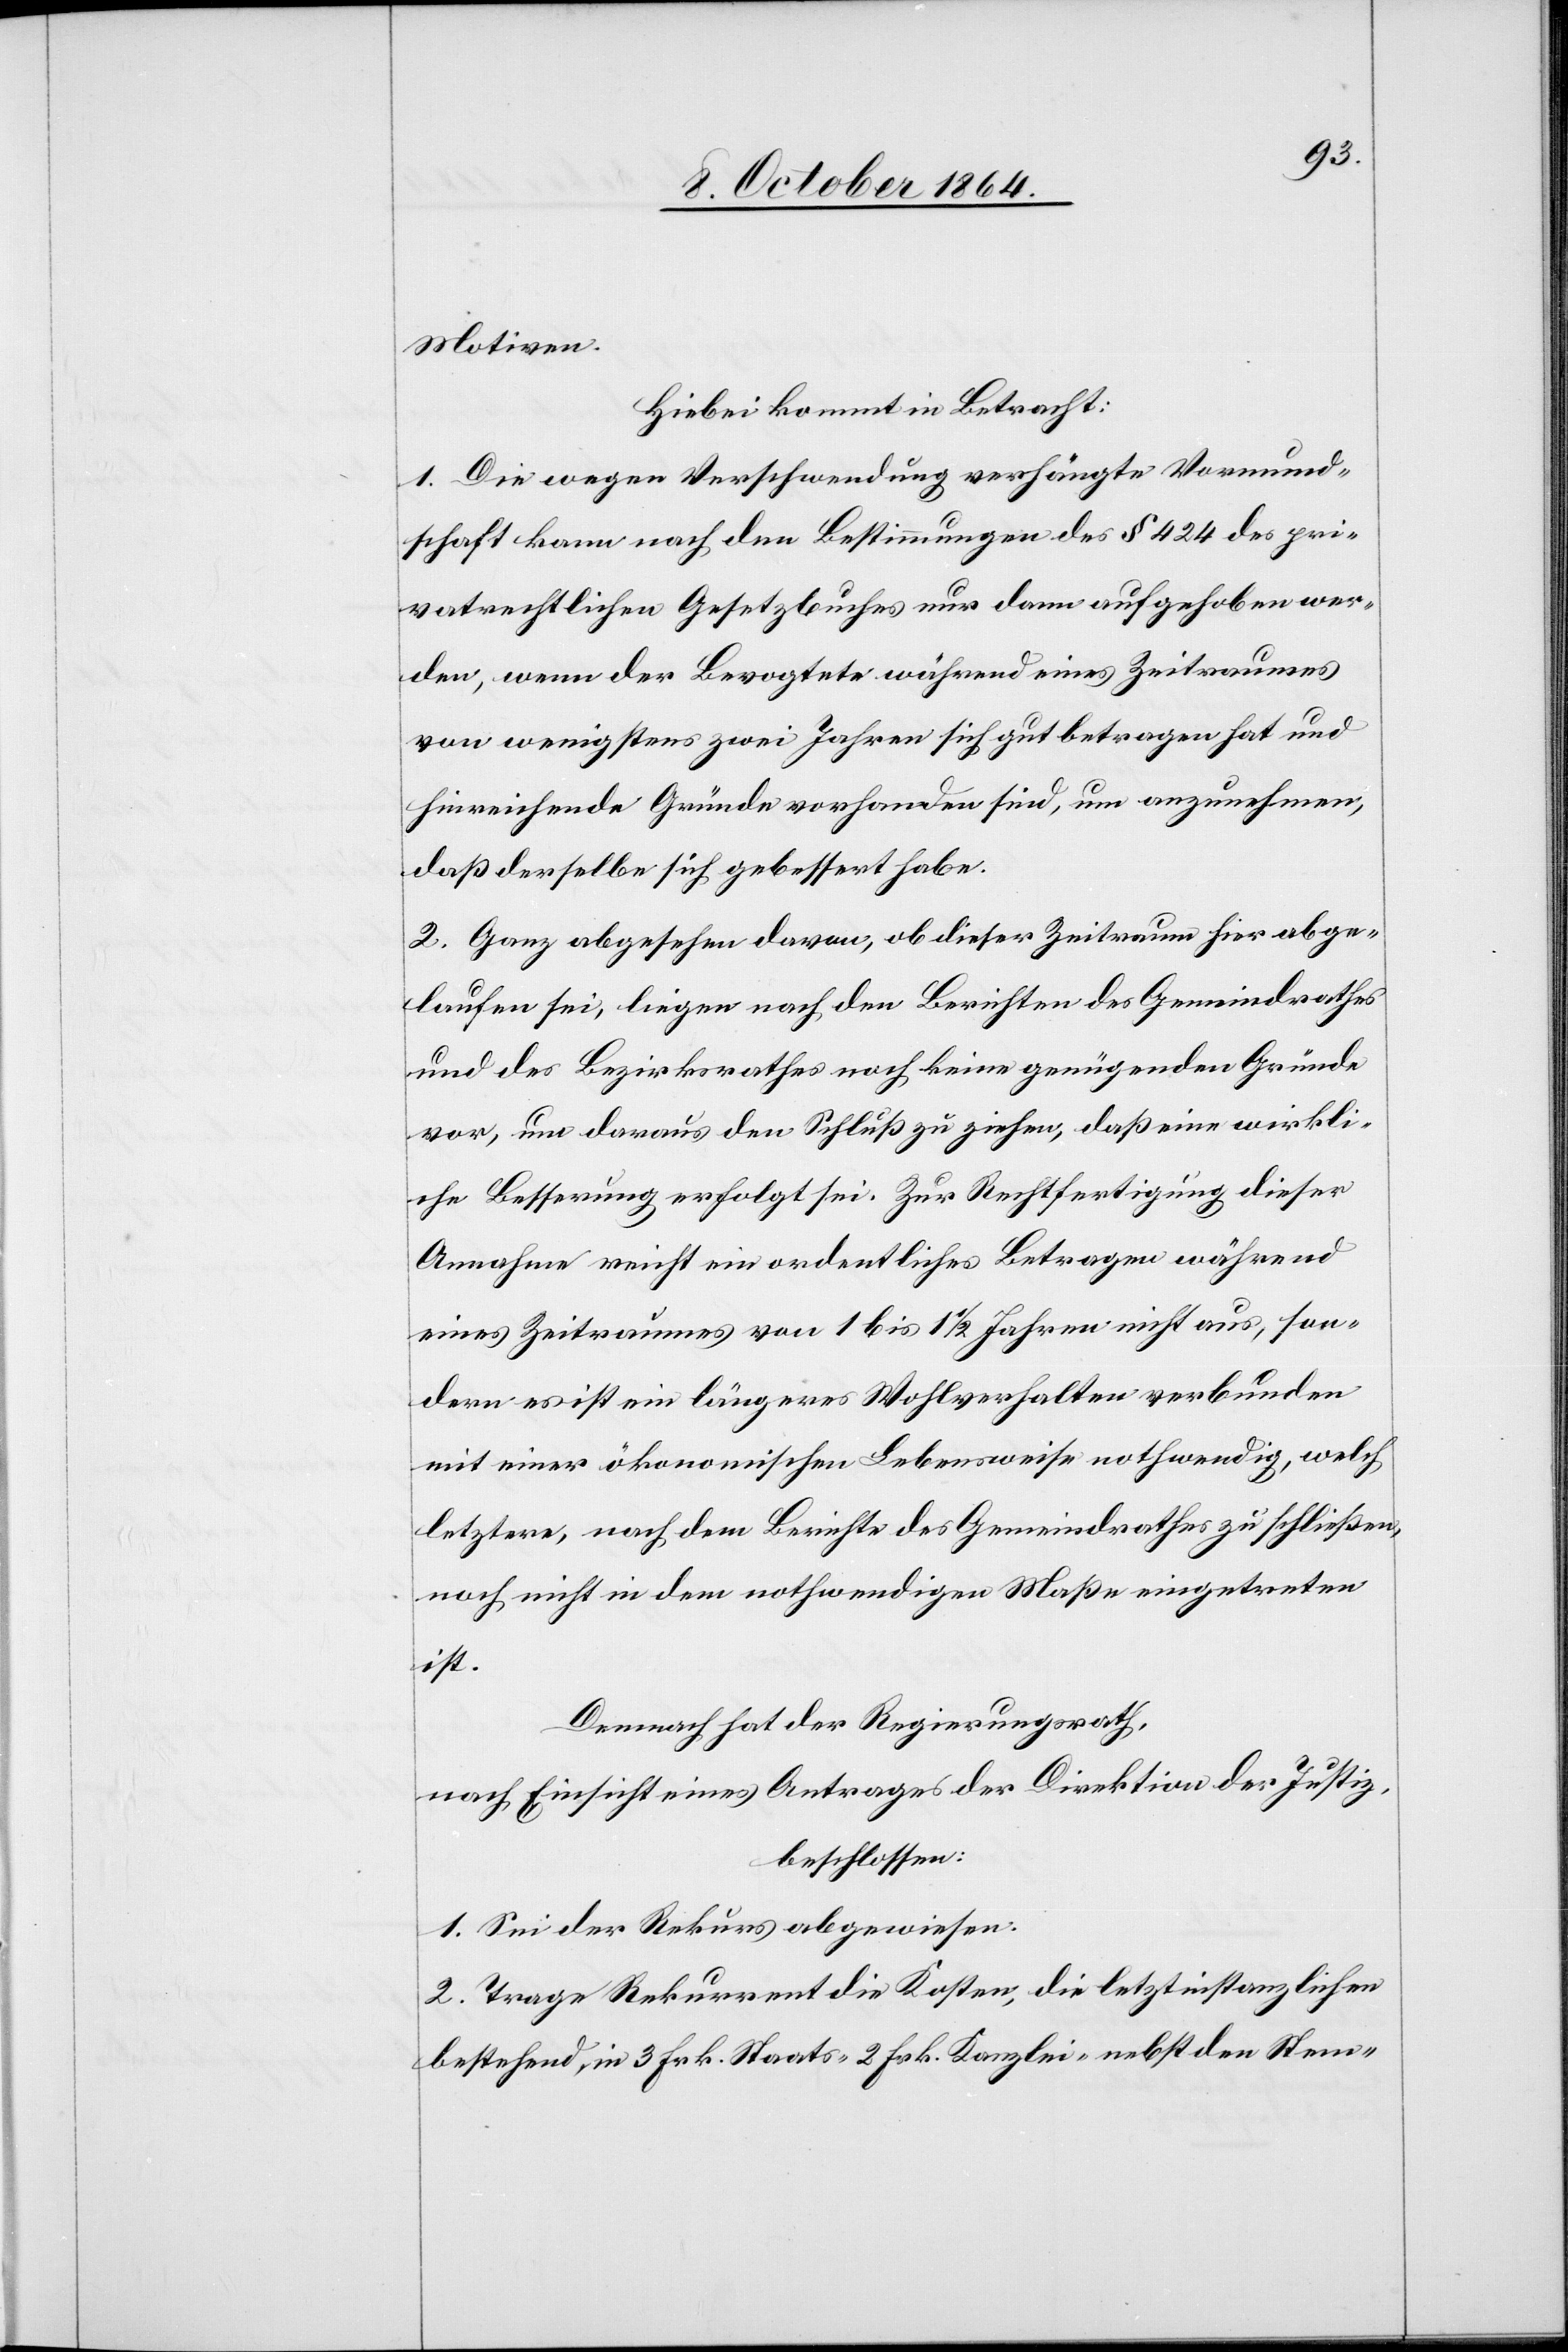
Motiven.
Hiebei kommt in Betracht:
1. Die wegen Verschwendung verhängte Vormund¬
schaft kann nach den Bestimmungen des § 424 des pri¬
vatwirtschaftlichen Gesetzbuches nur dann aufgehoben wer¬
den, wenn der Bevogtete während eines Zeitraumes
von wenigstens zwei Jahren sich gut betragen hat und
hinreichende Gründe vorhanden sind, um anzunehmen,
daß derselbe sich gebessert habe.
2. Ganz abgesehen davon, ob dieser Zeitraum hier abge¬
laufen sei, liegen nach den Berichten des Gemeindrathes
und des Bezirksrathes noch keine genügenden Gründe
vor, um daraus den Schluß zu ziehen, das eine wirkli¬
che Besserung erfolgt sei. Zur Rechtfertigung dieser
Annahme reicht ein ordentliches Betragen während
eines Zeitraumes von 1 bis 1 1/2 Jahren nicht aus, son¬
dern es ist ein längeres Wohlverhalten verbunden
mit einer ökonomischen Lebensweise nothwendig, welch
letztere, nach dem Berichte des Gemeindrathes zu schließen,
noch nicht in dem nothwendigen Maße eingetreten
ist.
Demnach hat der Regierungsrath,
nach Einsicht eines Antrages der Direktion der Justiz,
beschlossen:
1. Sei der Rekurs abgewiesen.
2. Trage Rekurrent die Kosten, die letztinstanzlichen
bestehend in 3 Frk. Staats- 2 Frk. Kanzlei- nebst den Stem-